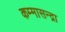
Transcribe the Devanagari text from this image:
कम्मासन्द्रा